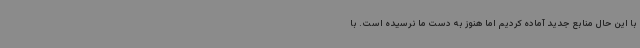
با این حال منابع جدید آماده کردیم اما هنوز به دست ما نرسیده است. با